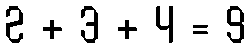
2 + 3 + 4 = 9